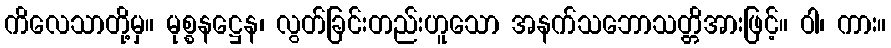
ကိလေသာတို့မှ။ မုစ္စနဋ္ဌေန၊ လွတ်ခြင်းတည်းဟူသော အနက်သဘောသတ္တိအားဖြင့်။ ဝါ၊ ကား။